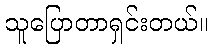
သူပြောတာရှင်းတယ်။